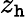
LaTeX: z_{\mathtt{h}}